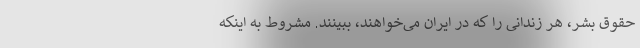
حقوق بشر، هر زندانی را که در ایران می‌خواهند، ببینند. مشروط به اینکه